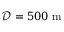
\mathcal { D } = 5 0 0 ~ \mathrm { m }